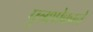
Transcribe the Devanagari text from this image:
पुत्रशोकाने